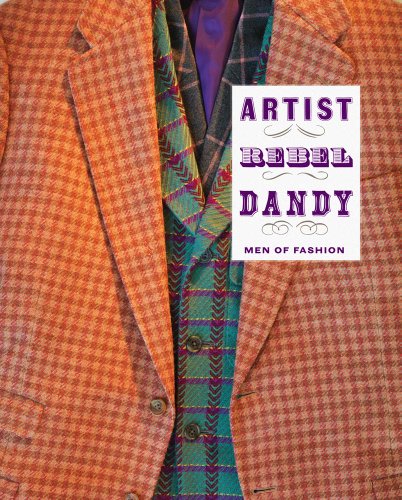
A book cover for Artist/Rebel/Dandy: Men of Fashion (Museum of Art, Rhode Island School of Design); Health, Fitness & Dieting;